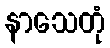
နာသေတုံ